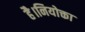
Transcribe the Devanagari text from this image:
है।नियोक्ता